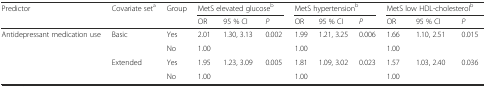
| Predictor | Covariate seta | Group | <COLSPAN=3> MetS elevated glucoseb | <COLSPAN=3> MetS hypertensionb | <COLSPAN=3> MetS low HDL-cholesterolb |
 |  |  |  | OR | 95 % CI | P | OR | 95 % CI | P | OR | 95 % CI | P |
 | --- | --- | --- | --- | --- | --- | --- | --- | --- | --- | --- | --- |
 | <ROWSPAN=2> Antidepressant medication use | Basic | Yes | 2.01 | 1.30, 3.13 | 0.002 | 1.99 | 1.21, 3.25 | 0.006 | 1.66 | 1.10, 2.51 | 0.015 |
 |  | No | 1.00 |  |  | 1.00 |  |  | 1.00 |  |  |
 |  | Extended | Yes | 1.95 | 1.23, 3.09 | 0.005 | 1.81 | 1.09, 3.02 | 0.023 | 1.57 | 1.03, 2.40 | 0.036 |
 |  |  | No | 1.00 |  |  | 1.00 |  |  | 1.00 |  |  |